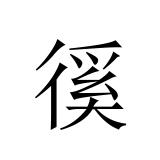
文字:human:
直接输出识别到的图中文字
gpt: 徯